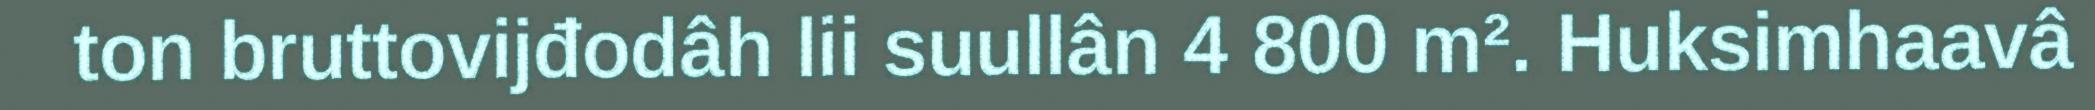
ton bruttovijđodâh lii suullân 4 800 m². Huksimhaavâ